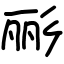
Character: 彨